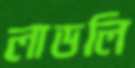
লাডলি